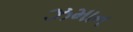
ઝમાન